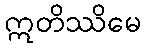
ဣတိဿိမေ